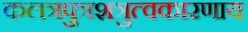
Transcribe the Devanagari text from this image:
कलत्रपुत्रशत्रुत्वकारणाय